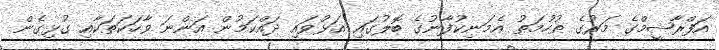
އަފްރާޝީމްގެ މަރުގެ ތުހުމަތު އެމަނިކުފާނުގެ ބޮލުގައި އަޅުވައި ދައްކަމުން އަންނަ ވާހަކަތަކާއި ގުޅިގެން